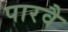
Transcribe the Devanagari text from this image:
पारवै